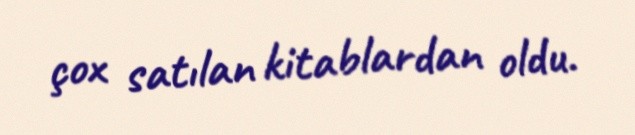
çox satılan kitablardan oldu.